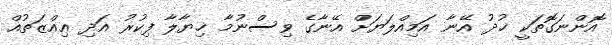
އޮންނަގޮތަކީ ޚުދު އޭނާ އަމިއްލަޔަށް އޭނާގެ ވިސްނުމާ ޚިޔާލާ ފިކުރު އަދި ޢިއްޒަތުއް